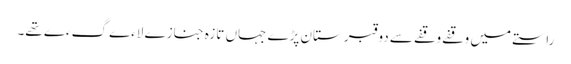
راستے میں وقفے وقفے سے دو قبرستان پڑے جہاں تازہ جنازے لاءے گءے تھے۔